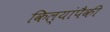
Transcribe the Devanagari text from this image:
किल्यांपैकी